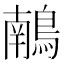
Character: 𪃢